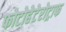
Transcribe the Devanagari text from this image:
फोटोहेटेरोट्राफ